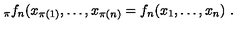
_ \pi f _ { n } ( x _ { \pi ( 1 ) } , \ldots , x _ { \pi ( n ) } = f _ { n } ( x _ { 1 } , \ldots , x _ { n } ) \ .